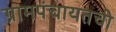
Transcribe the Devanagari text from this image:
ग्रामपंचायतची